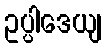
ဥပ္ပါဒေယျ